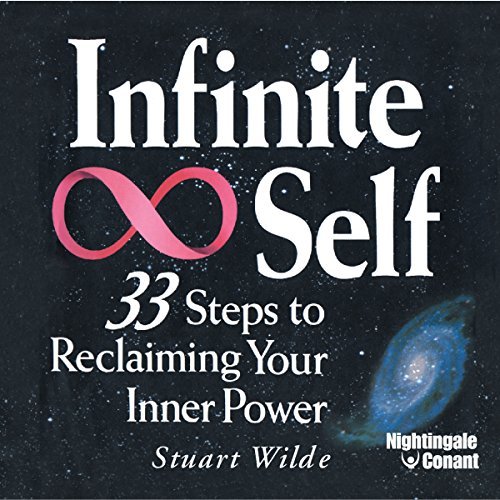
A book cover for Infinite Self; Stuart Wilde; Crafts, Hobbies & Home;